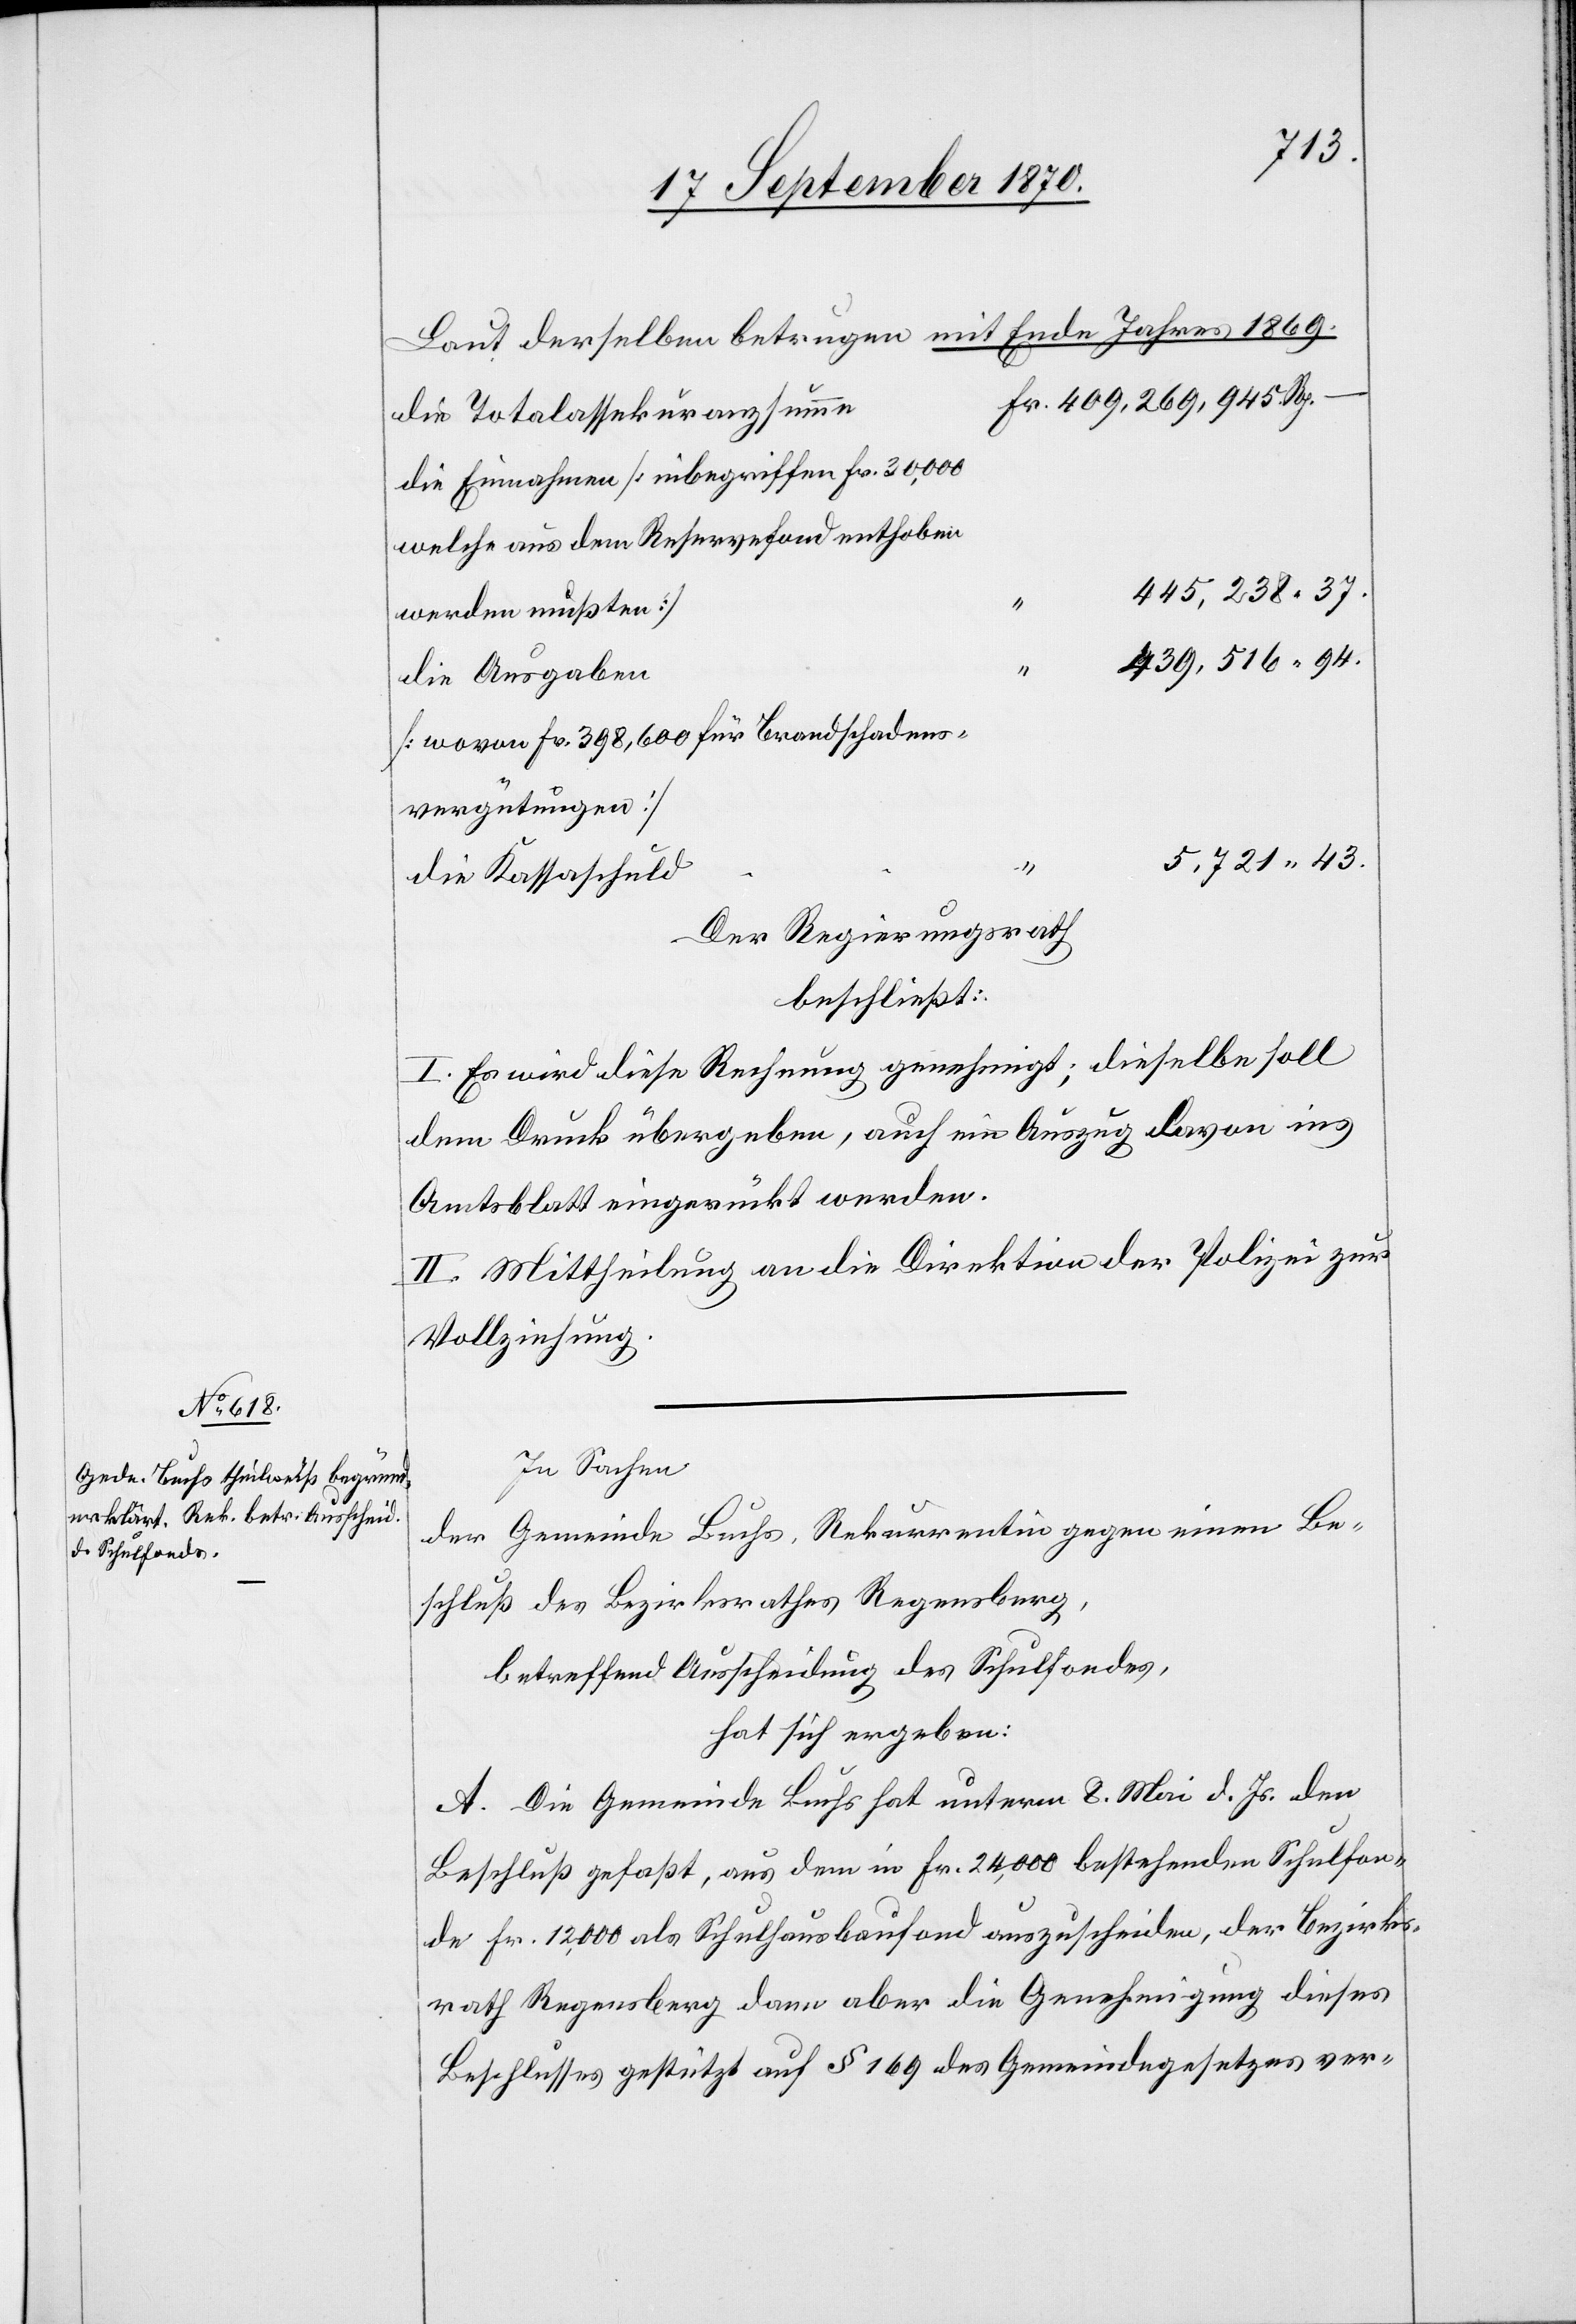
37.
Laut derselben betrugen mit Ende Jahres 1869.
die Totalassekuranzsumme
die Einnahmen [inbegriffen Fr. 30,000
welche aus dem Reservefond enthoben
werden mußten]
439,516.
die Ausgaben
[wovon Fr. 398,600 für Brandschadens¬
vergütungen]
43.
die Kassaschuld
Der Regierungsrath
beschließt:
I. Es wird diese Rechnung genehmigt; dieselbe soll
dem Druck übergeben, auch ein Auszug davon ins
Amtsblatt eingerückt werden.
II. Mittheilung an die Direktion der Polizei zur
Vollziehung.
In Sachen
der Gemeinde Buchs, Rekurrentin gegen einen Be¬
schluß des Bezirksrathes Regensberg,
betreffend Ausscheidung des Schulfondes,
hat sich ergeben:
A. Die Gemeinde Buchs hat unterm 8. Mai d. Js. den
Beschluß gefaßt, aus dem in Fr. 24,000 bestehenden Schulfon¬
de Fr. 12,000 als Schulhausbaufond auszuscheiden, der Bezirks¬
rath Regensberg dann aber die Genehmigung dieses
Beschlusses gestützt auf § 169 des Gemeindegesetzes ver-